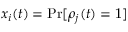
x _ { i } ( t ) = \operatorname* { P r } [ \rho _ { j } ( t ) = 1 ]